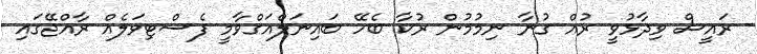
ރައީސް ވިދާޅުވީ ރުއް ގުނާ ނިމުމުން ރުކާ ބެހޭ ބައިނަލްއަގްވާމީ ފެސްޓިވަލެއް ރާއްޖޭގައި